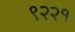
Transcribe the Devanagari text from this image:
९२२१